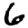
Digit: 6